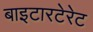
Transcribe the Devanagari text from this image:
बाइटारटेरेट